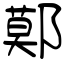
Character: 鄚